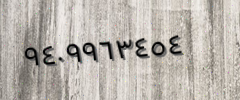
٩٤٠٩٩٦٣٤٥٤